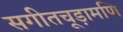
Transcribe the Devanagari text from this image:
सगीतचूड़ामणि